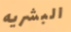
البشريه